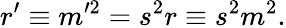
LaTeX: r^{\prime}\equiv m^{\prime 2}=s^{2}r\equiv s^{2}m^{2}.